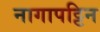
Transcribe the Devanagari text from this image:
नागापट्टिन